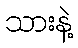
သားနဲ့